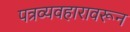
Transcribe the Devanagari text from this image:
पत्रव्यवहारावरून